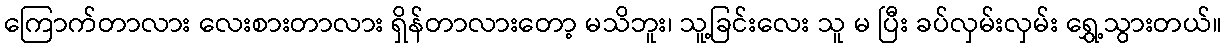
ကြောက်တာလား လေးစားတာလား ရှိန်တာလားတော့ မသိဘူး၊ သူ့ခြင်းလေး သူ မ ပြီး ခပ်လှမ်းလှမ်း ရွှေ့သွားတယ်။